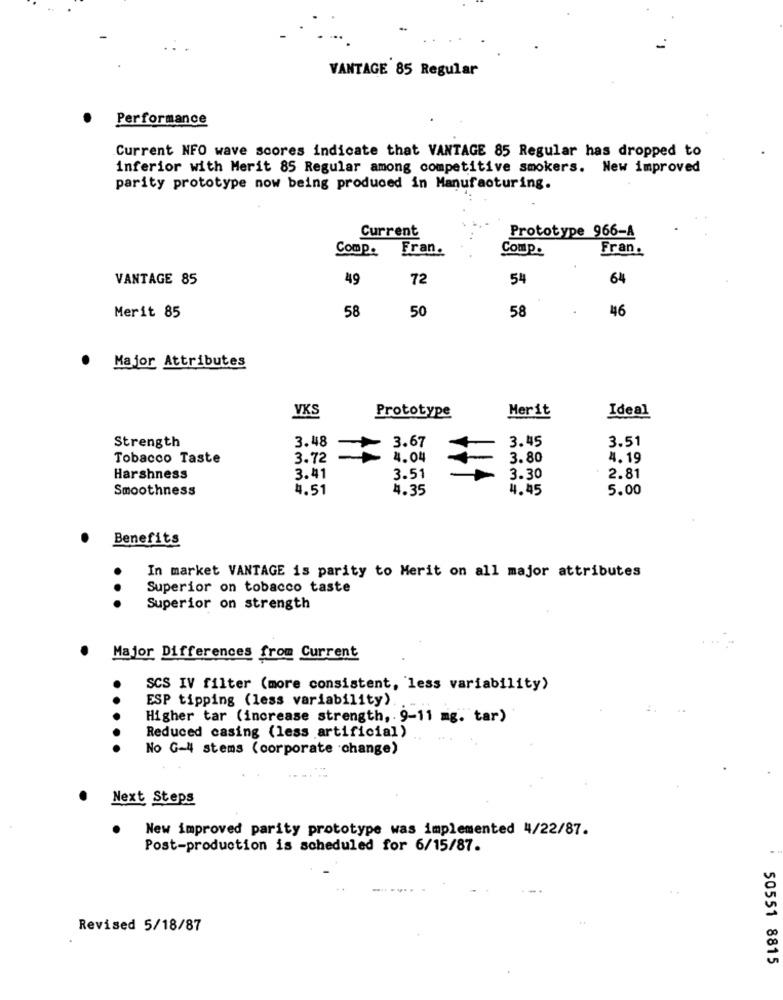
VANTAGE 85 Regular
Performance
Current NFO wave scores indicate that VANTAGE 85 Regular has dropped to
inferior with Merit 85 Regular among competitive smokers. New improved
parity prototype now being produced in Manufacturing.
Current
Prototype 966-A
Comp.
Fran.
Comp.
Fran.
VANTAGE 85
49
72
54
64
58
50
58
46
Merit 85
Major Attributes
VXS
Merit
Ideal
Prototype
Strength
3.48
3.45
3.51
3.67
Tobacco Taste
3.72
4.04
3.80
4.19
Harshness
3.41
3.51
3.30
2.81
Smoothness
4.51
4.35
4.45
5.00
Benefits
In market VANTAGE is parity to Merit on all major attributes
Superior on tobacco taste
.. .
Superior on strength
Major Differences from Current
SCS IV filter (more consistent, less variability)
ESP tipping (less variability).
. . .
Higher tar (increase strength, 9-11 mg. tar)
Reduced casing (less artificial)
...
No G-4 stems ( corporate change)
Next Steps
New improved parity prototype was implemented 4/22/87.
Post-production is scheduled for 6/15/87.
Revised 5/18/87
50551 8815